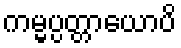
ကမ္မပ္ပတ္တာယောပိ